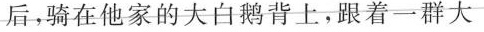
后，骑在他家的大白鹅背上，跟着一群大